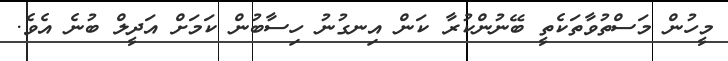
މީހުން މަސްތުވާތަކެތީ ބޭނުންކުރާ ކަން އިނގުނު ހިސާބުން ކަމަށް އަދީލް ބުނެ އެވެ.